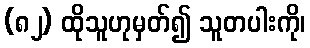
(၈၂) ထိုသူဟုမှတ်၍ သူတပါးကို၊